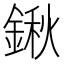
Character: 鍬